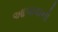
આપાવાનો